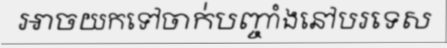
អាចយកទៅចាក់បញ្ចាំងនៅបរទេស